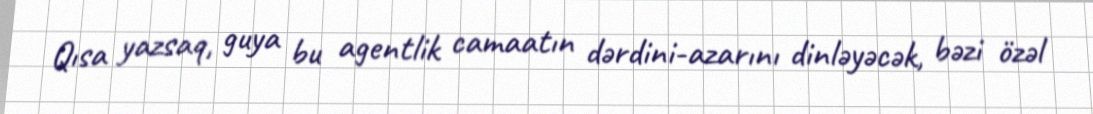
Qısa yazsaq, guya bu agentlik camaatın dərdini-azarını dinləyəcək, bəzi özəl